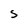
Character: S